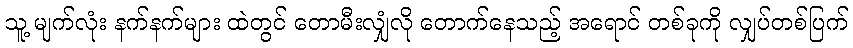
သူ့ မျက်လုံး နက်နက်များ ထဲတွင် တောမီးလျှံလို တောက်နေသည့် အရောင် တစ်ခုကို လျှပ်တစ်ပြက်